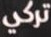
تركي